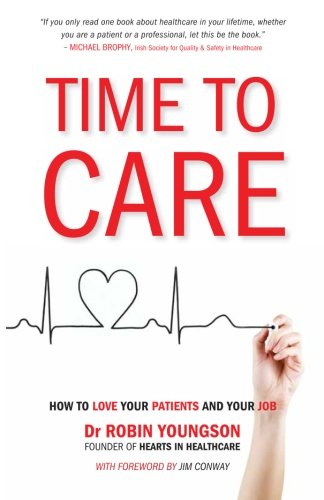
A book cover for TIME to CARE: How to love your patients and your job; Dr Robin Youngson; Medical Books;